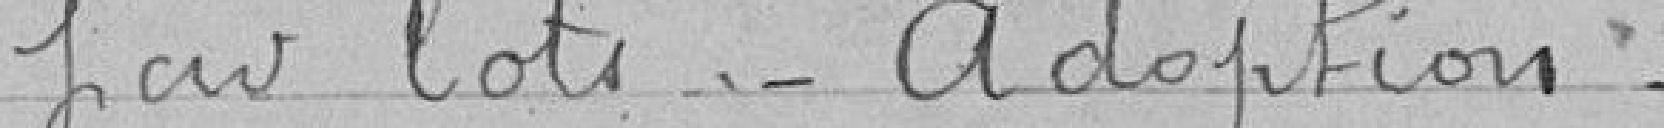
jiav lots -Adoption -